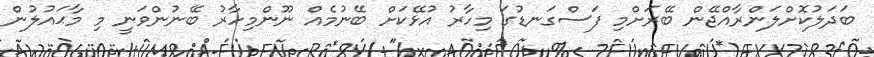
ބަދަލުކޮށްލަންރާއްޖޭން ބޭރަށްމި ފަސްގަނޑުގަ މިހާރު އުުޅޭކަށް ބޭނުމެއް ނޫންމިހާރު ބޭނުންވަނީ މި މާޙައުލުން